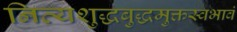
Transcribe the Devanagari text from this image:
नित्यशुद्धबुद्धमुक्तस्वभावं